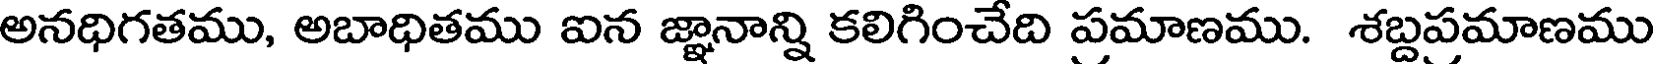
అనధిగతము, అబాధితము ఐన జ్ఞానాన్ని కలిగించేది పమాణము. శబ్దపమాణము